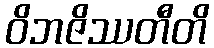
ဝိဘဇိဿတီတိ